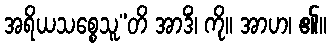
အရိယသစ္စေသူ”တိ အာဒိံ၊ ကို။ အာဟ၊ ၏။